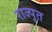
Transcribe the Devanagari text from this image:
राज्पुत